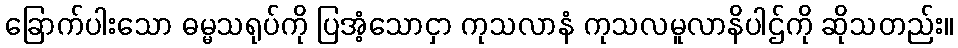
ခြောက်ပါးသော ဓမ္မသရုပ်ကို ပြအံ့သောငှာ ကုသလာနံ ကုသလမူလာနိပါဌ်ကို ဆိုသတည်း။